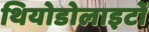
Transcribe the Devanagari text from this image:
थियोडोलाइटों